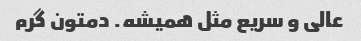
عالی و سریع مثل همیشه. دمتون گرم